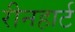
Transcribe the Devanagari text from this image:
रीनहार्ट